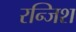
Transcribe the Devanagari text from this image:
रन्जिश